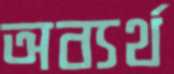
অব্যর্থ